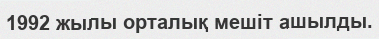
1992 жылы орталық мешіт ашылды.